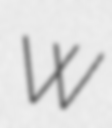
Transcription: W